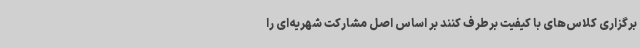
برگزاری کلاس‌های با کیفیت برطرف کنند بر اساس اصل مشارکت شهریه‌ای را